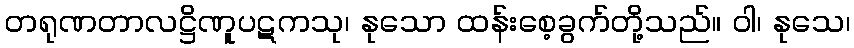
တရုဏတာလဋ္ဌိဏူပဋကသု၊ နုသော ထန်းစေ့ခွက်တို့သည်။ ဝါ၊ နုသေ၊